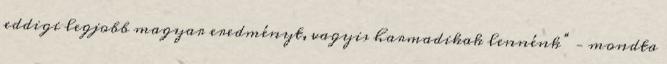
eddigi legjobb magyar eredményt, vagyis harmadikak lennénk” – mondta